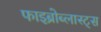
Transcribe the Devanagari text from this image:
फाइब्रोब्लास्ट्स